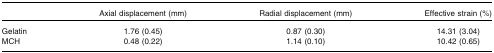
|  | Axial displacement (mm) | Radial displacement (mm) | Effective strain (%) |
 | --- | --- | --- | --- |
 | Gelatin | 1.76 (0.45) | 0.87 (0.30) | 14.31 (3.04) |
 | MCH | 0.48 (0.22) | 1.14 (0.10) | 10.42 (0.65) |